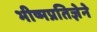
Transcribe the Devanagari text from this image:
भीष्मप्रतिज्ञेने